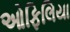
ઓફિલિયા